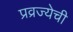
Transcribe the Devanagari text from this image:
प्रव्रज्येची